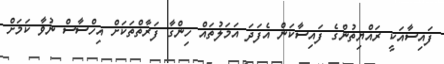
ފައިސާއަކީ ރައްޔިތުންގެ ފައިސާކަން އެފަދަ އަމަލުތައް ހިންގާ ފަރާތްތަކަށް އިހްސާސް ނުވާ ކަމަށް